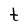
Character: t